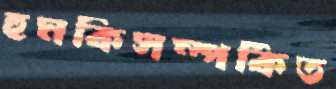
হুমকিসম্পর্কিত